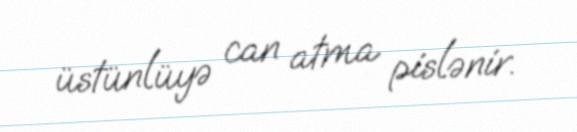
üstünlüyə can atma pislənir.